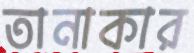
তানাকার